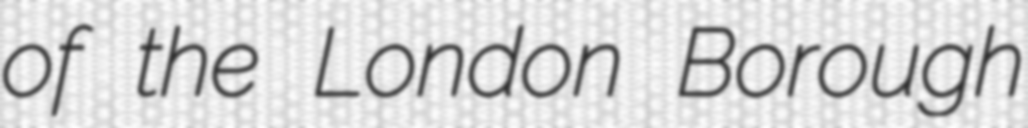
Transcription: of the London Borough